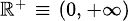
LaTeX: \scriptstyle\mathbb{R}^{+}\; \equiv\; \left(0,\, +\infty\right)